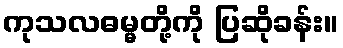
ကုသလဓမ္မတို့ကို ပြဆိုခန်း။